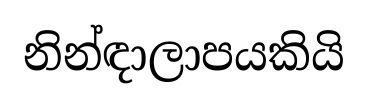
නින්ඳාලාපයකියි